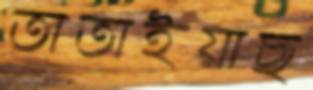
তাতাইয়াছ